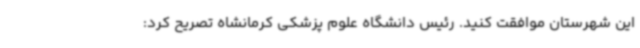
این شهرستان موافقت کنید. رئیس دانشگاه علوم پزشکی کرمانشاه تصریح کرد: